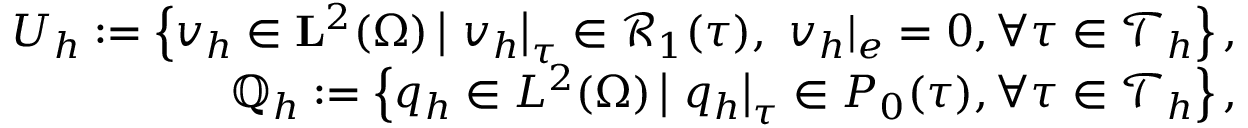
\begin{array} { r l r } & { } & { \boldsymbol { U } _ { h } : = \left\{ \boldsymbol { v } _ { h } \in \mathbf { L } ^ { 2 } ( \Omega ) \left| ~ \boldsymbol { v } _ { h } \right| _ { \tau } \in \mathcal { R } _ { 1 } ( \tau ) , ~ \boldsymbol { v } _ { h } | _ { e } = 0 , \forall \tau \in \mathcal { T } _ { h } \right\} , } \\ & { } & { \mathbb { Q } _ { h } : = \left\{ { q } _ { h } \in { L } ^ { 2 } ( \Omega ) \left| ~ { q } _ { h } \right| _ { \tau } \in P _ { 0 } ( \tau ) , \forall \tau \in \mathcal { T } _ { h } \right\} , } \end{array}